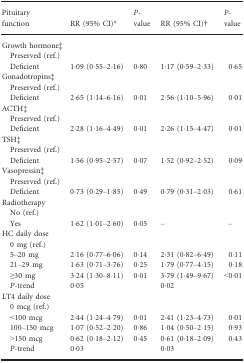
<table><thead><tr><td><b>Pituitary function</b></td><td><b>RR (95% CI)a</b></td><td><b><i>P</i>‐value</b></td><td><b>RR (95% CI)b</b></td><td><b><i>P</i>‐value</b></td></tr></thead><tbody><tr><td colspan="5">Growth hormonec</td></tr><tr><td>Preserved (ref.)</td><td></td><td></td><td></td><td></td></tr><tr><td>Deficient</td><td>1·09 (0·55–2·16)</td><td>0·80</td><td>1·17 (0·59–2·33)</td><td>0·65</td></tr><tr><td colspan="5">Gonadotropinsc</td></tr><tr><td>Preserved (ref.)</td><td></td><td></td><td></td><td></td></tr><tr><td>Deficient</td><td>2·65 (1·14–6·16)</td><td>0·01</td><td>2·56 (1·10–5·96)</td><td>0·01</td></tr><tr><td colspan="5">ACTHc</td></tr><tr><td>Preserved (ref.)</td><td></td><td></td><td></td><td></td></tr><tr><td>Deficient</td><td>2·28 (1·16–4·49)</td><td>0·01</td><td>2·26 (1·15–4·47)</td><td>0·01</td></tr><tr><td colspan="5">TSHc</td></tr><tr><td>Preserved (ref.)</td><td></td><td></td><td></td><td></td></tr><tr><td>Deficient</td><td>1·56 (0·95–2·57)</td><td>0·07</td><td>1·52 (0·92–2·52)</td><td>0·09</td></tr><tr><td colspan="5">Vasopressinc</td></tr><tr><td>Preserved (ref.)</td><td></td><td></td><td></td><td></td></tr><tr><td>Deficient</td><td>0·73 (0·29–1·85)</td><td>0·49</td><td>0·79 (0·31–2·03)</td><td>0·61</td></tr><tr><td colspan="5">Radiotherapy</td></tr><tr><td>No (ref.)</td><td></td><td></td><td></td><td></td></tr><tr><td>Yes</td><td>1·62 (1·01–2·60)</td><td>0·05</td><td>–</td><td>–</td></tr><tr><td colspan="5">HC daily dose</td></tr><tr><td>0 mg (ref.)</td><td></td><td></td><td></td><td></td></tr><tr><td>5–20 mg</td><td>2·16 (0·77–6·06)</td><td>0·14</td><td>2·31 (0·82–6·49)</td><td>0·11</td></tr><tr><td>21–29 mg</td><td>1·63 (0·71–3·76)</td><td>0·25</td><td>1·79 (0·77–4·15)</td><td>0·18</td></tr><tr><td>≥30 mg</td><td>3·24 (1·30–8·11)</td><td>0·01</td><td>3·79 (1·49–9·67)</td><td>&lt;0·01</td></tr><tr><td><i>P</i>‐trend</td><td>0·05</td><td></td><td>0·02</td><td></td></tr><tr><td colspan="5">LT4 daily dose</td></tr><tr><td>0 mcg (ref.)</td><td></td><td></td><td></td><td></td></tr><tr><td>&lt;100 mcg</td><td>2·44 (1·24–4·79)</td><td>0·01</td><td>2·41 (1·23–4·73)</td><td>0·01</td></tr><tr><td>100–150 mcg</td><td>1·07 (0·52–2·20)</td><td>0·86</td><td>1·04 (0·50–2·15)</td><td>0·93</td></tr><tr><td>&gt;150 mcg</td><td>0·62 (0·18–2·12)</td><td>0·45</td><td>0·61 (0·18–2·09)</td><td>0·43</td></tr><tr><td><i>P</i>‐trend</td><td>0·03</td><td></td><td>0·03</td><td></td></tr></tbody></table>